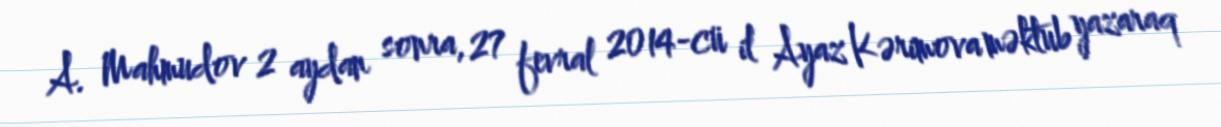
A. Mahmudov 2 aydan sonra, 27 fevral 2014-cü il Ayaz Kərimova məktub yazaraq